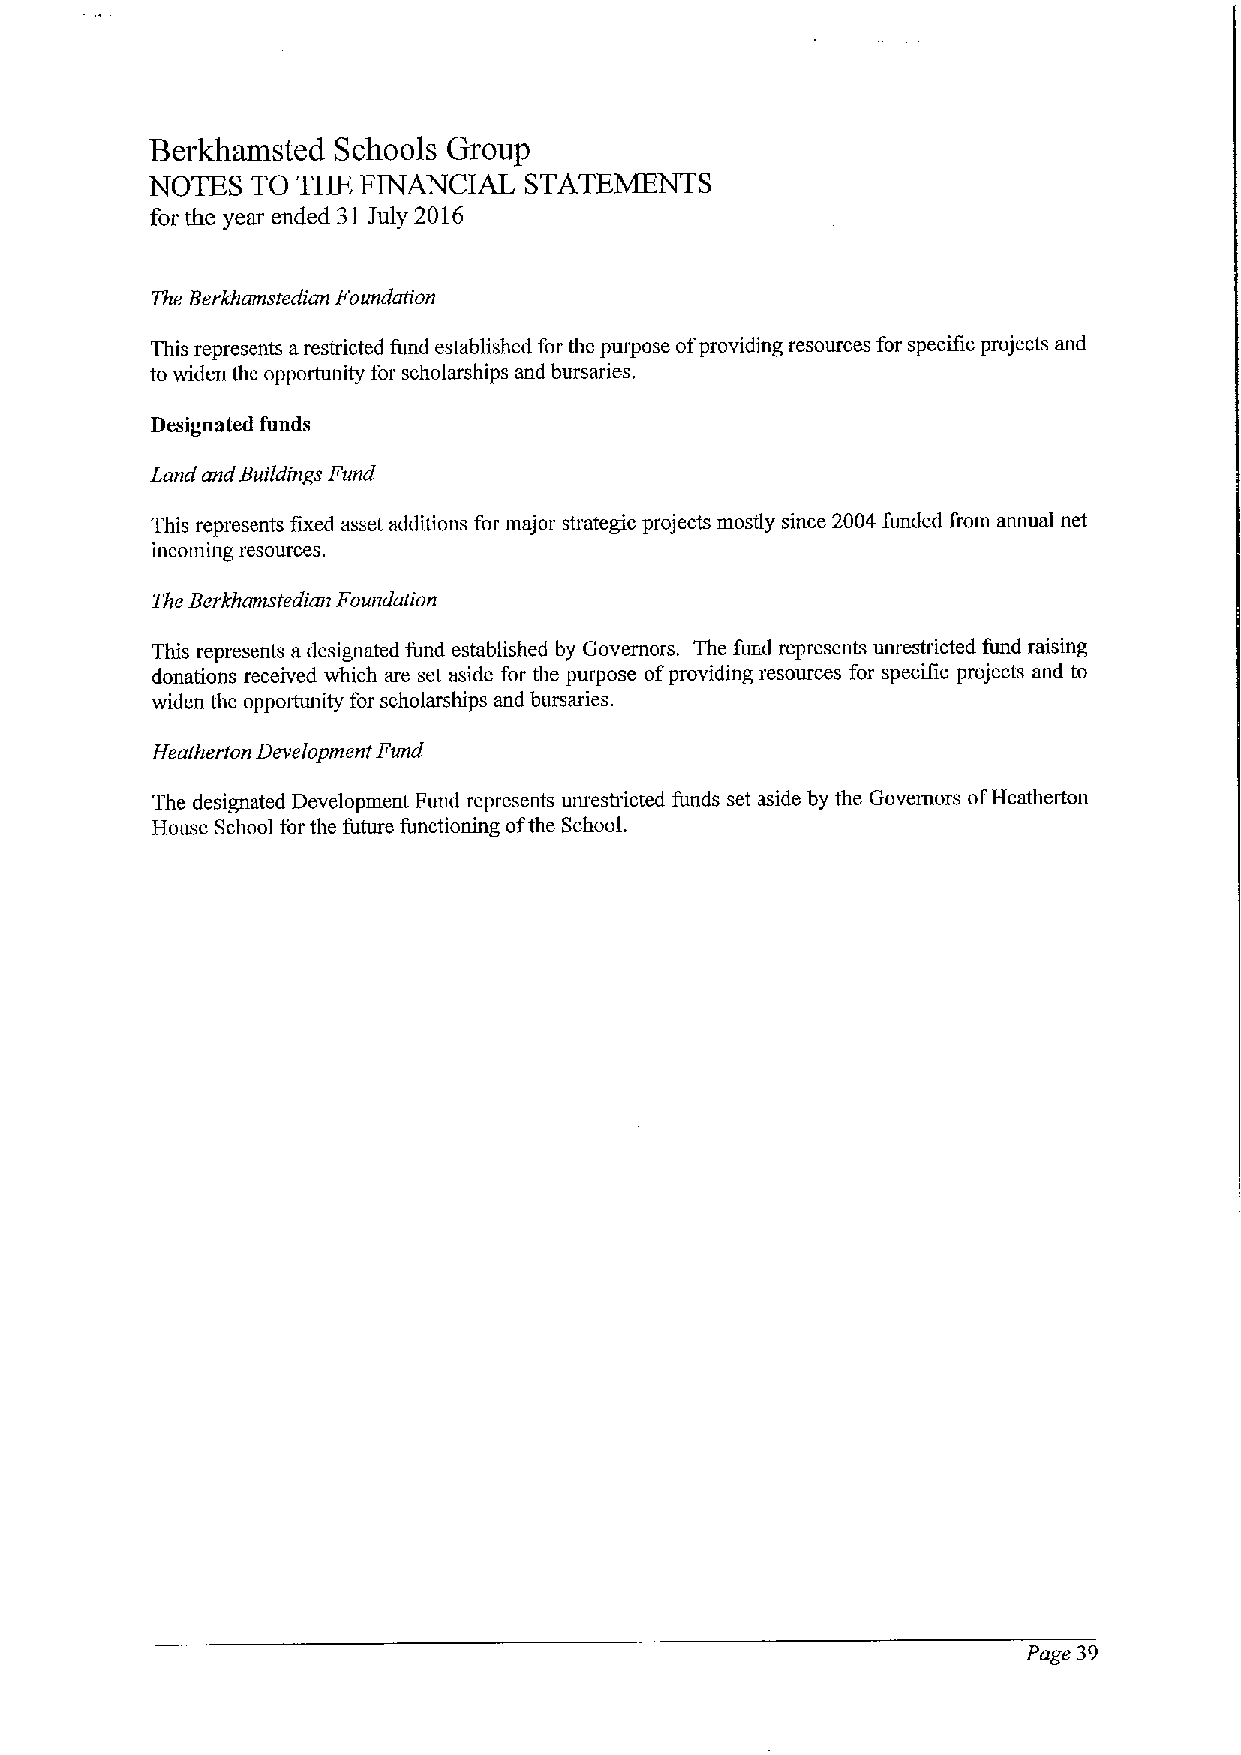
Berkhamsted Schools Group
 NOTES  TO THE FINANCIAL  STATEMENTS
 for the year ended 31 July 2016
 The Berkhamstedian Foundation
 This represents arestricted fund established for the purpose ofproviding resources for specific projects and
 to widen the opportunity for scholarships and bursaries.
 Designated funds
 Land and Buildings Fund
 This represents fixed asset additions for major strategic projects mostly since 2004 funded from annual net
 incoming resources.
 The Berkhamstedian Foundation
 This represents a designated fund established by Governors. The fund represents unrestricted fund raising
 donations received which are set aside for the purpose ofproviding resources for specific projects and to
 widen the opportunity for scholarships and bursaries.
 Heatherton Development Fund
 The designated Development Fund represents unrestricted funds set aside by the Governors ofHeatherton
 House School for the future functioning ofthe SchooL
 Page 39